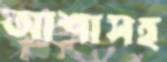
আশাসহ